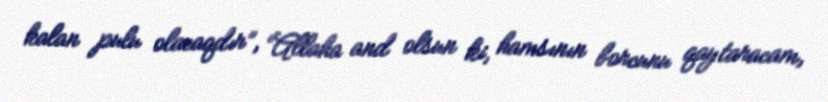
kalan pulu olacaqdır”, “Allaha and olsun ki, hamsının borcunu qaytaracam,